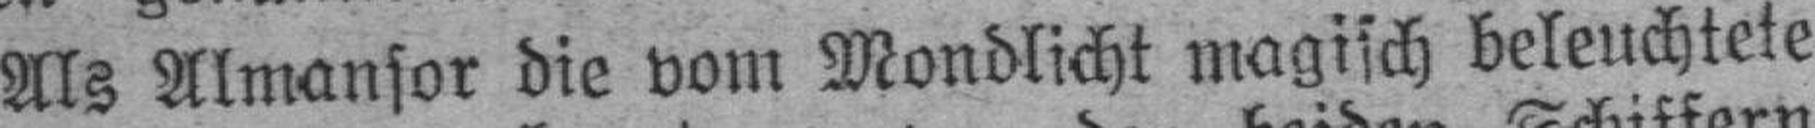
Als Almansor die vom Mondlicht magisch beleuchtete